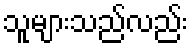
သူများသည်လည်း